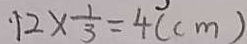
1 2 \times \frac { 1 } { 3 } = 4 ( c m )